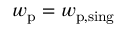
w _ { \mathrm { p } } = w _ { \mathrm { p , s i n g } }